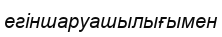
егіншаруашылығымен